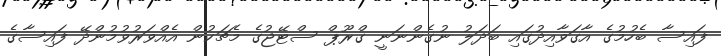
ފައިސާ ބެހުމުގެ އާގަވާއިދުގައި ބަދަލު ނުގެންނަނީ ގްރޫޕް ސްޓޭޖުގެ މެޗަކުން އެއްވަރުވުމުންދޭ ފައިސާގެ